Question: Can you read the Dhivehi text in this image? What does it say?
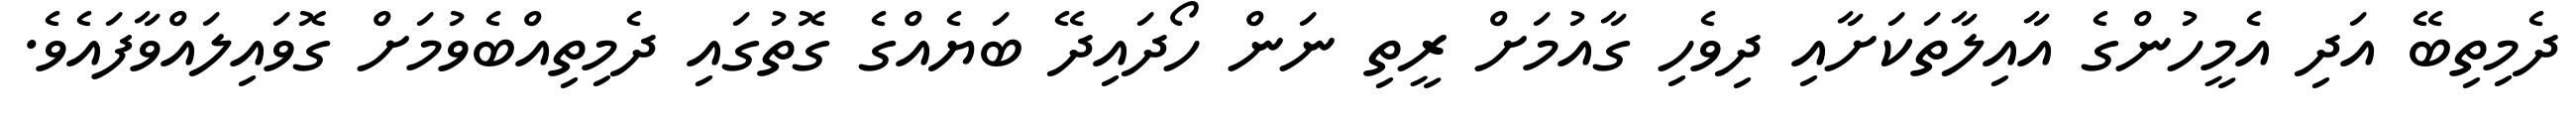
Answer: ދެމިތިބޭ އަދި އެމީހުންގެ އާއިލާތަކަށާއި ދިވެހި ގާއުމަށް ރީތި ނަން ހޯދައިދޭ ބަޔެއްގެ ގޮތުގައި ދެމިތިއްބެވުމަށް ގޮވައިލައްވާފައެވެ.